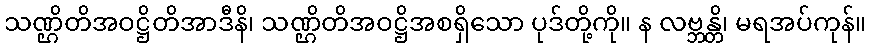
သဏ္ဌိတိအဝဋ္ဌိတိအာဒီနိ၊ သဏ္ဌိတိအဝဋ္ဌိအစရှိသော ပုဒ်တို့ကို။ န လဗ္ဘန္တိ၊ မရအပ်ကုန်။